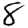
Digit: 8